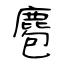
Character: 麅